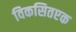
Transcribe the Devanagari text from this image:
विकसितएक